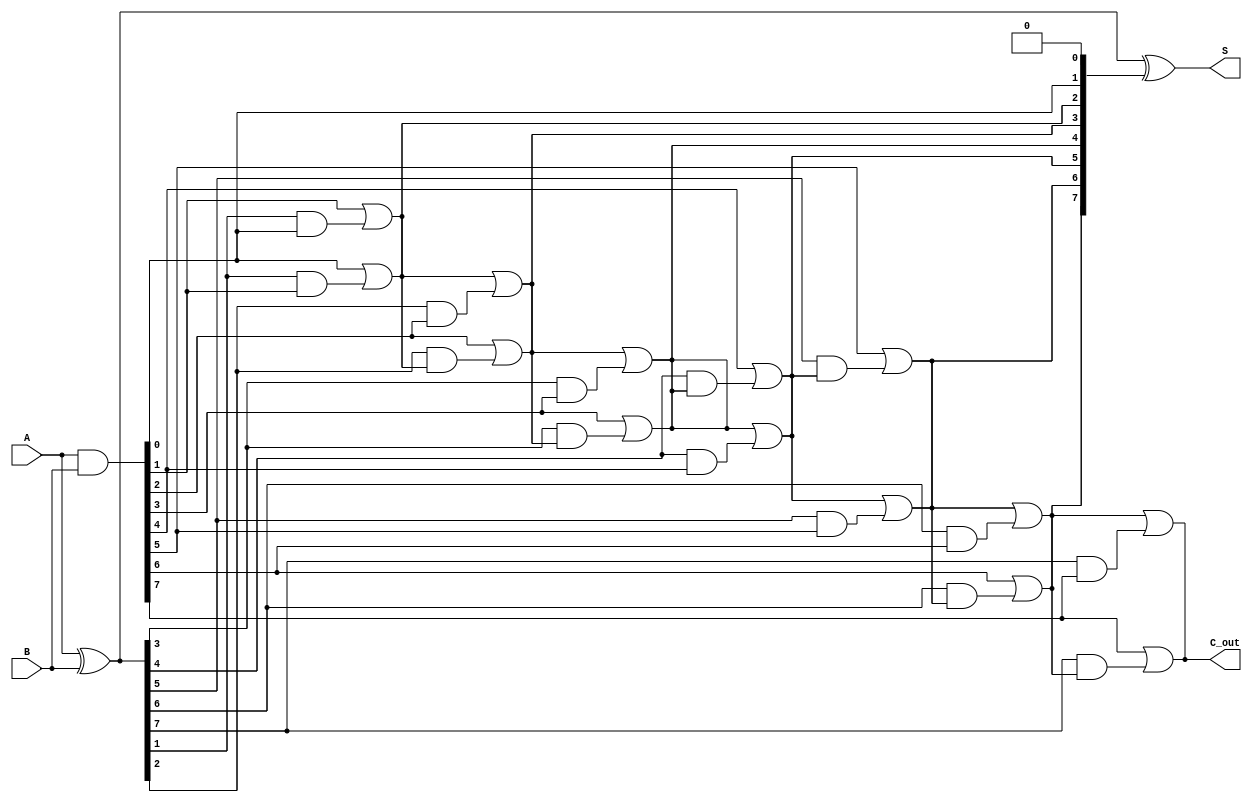
module KoggeStoneAdder #(parameter n = 8) (
    input  [n-1:0] A,
    input  [n-1:0] B,
    output [n-1:0] S,
    output         C_out
);

    // Generate and Propagate signals
    wire [n-1:0] G; // Generate
    wire [n-1:0] P; // Propagate
    wire [n:0] C;   // Carry

    // Generate and Propagate calculations
    assign G = A & B;          // Generate
    assign P = A ^ B;          // Propagate

    // Initial carry
    assign C[0] = 1'b0; // C[0] is the initial carry

    // Kogge-Stone Prefix Network
    genvar i, j;
    generate
        // First level of carry computation
        for (i = 0; i < n; i = i + 1) begin
            if (i == 0) begin
                assign C[i + 1] = G[i] | (P[i] & C[i]);
            end else begin
                assign C[i + 1] = G[i] | (P[i] & C[i]);
            end
        end

        // Additional levels of carry computation
        for (j = 1; j < n; j = j + 1) begin
            for (i = 0; i < n - j; i = i + 1) begin
                assign C[i + j + 1] = C[i + j] | (P[i + j] & G[i + j]);
            end
        end
    endgenerate

    // Sum calculation
    assign S = P ^ C[n-1:0]; // Sum bits

    // Final carry out
    assign C_out = C[n]; // Final carry out

endmodule